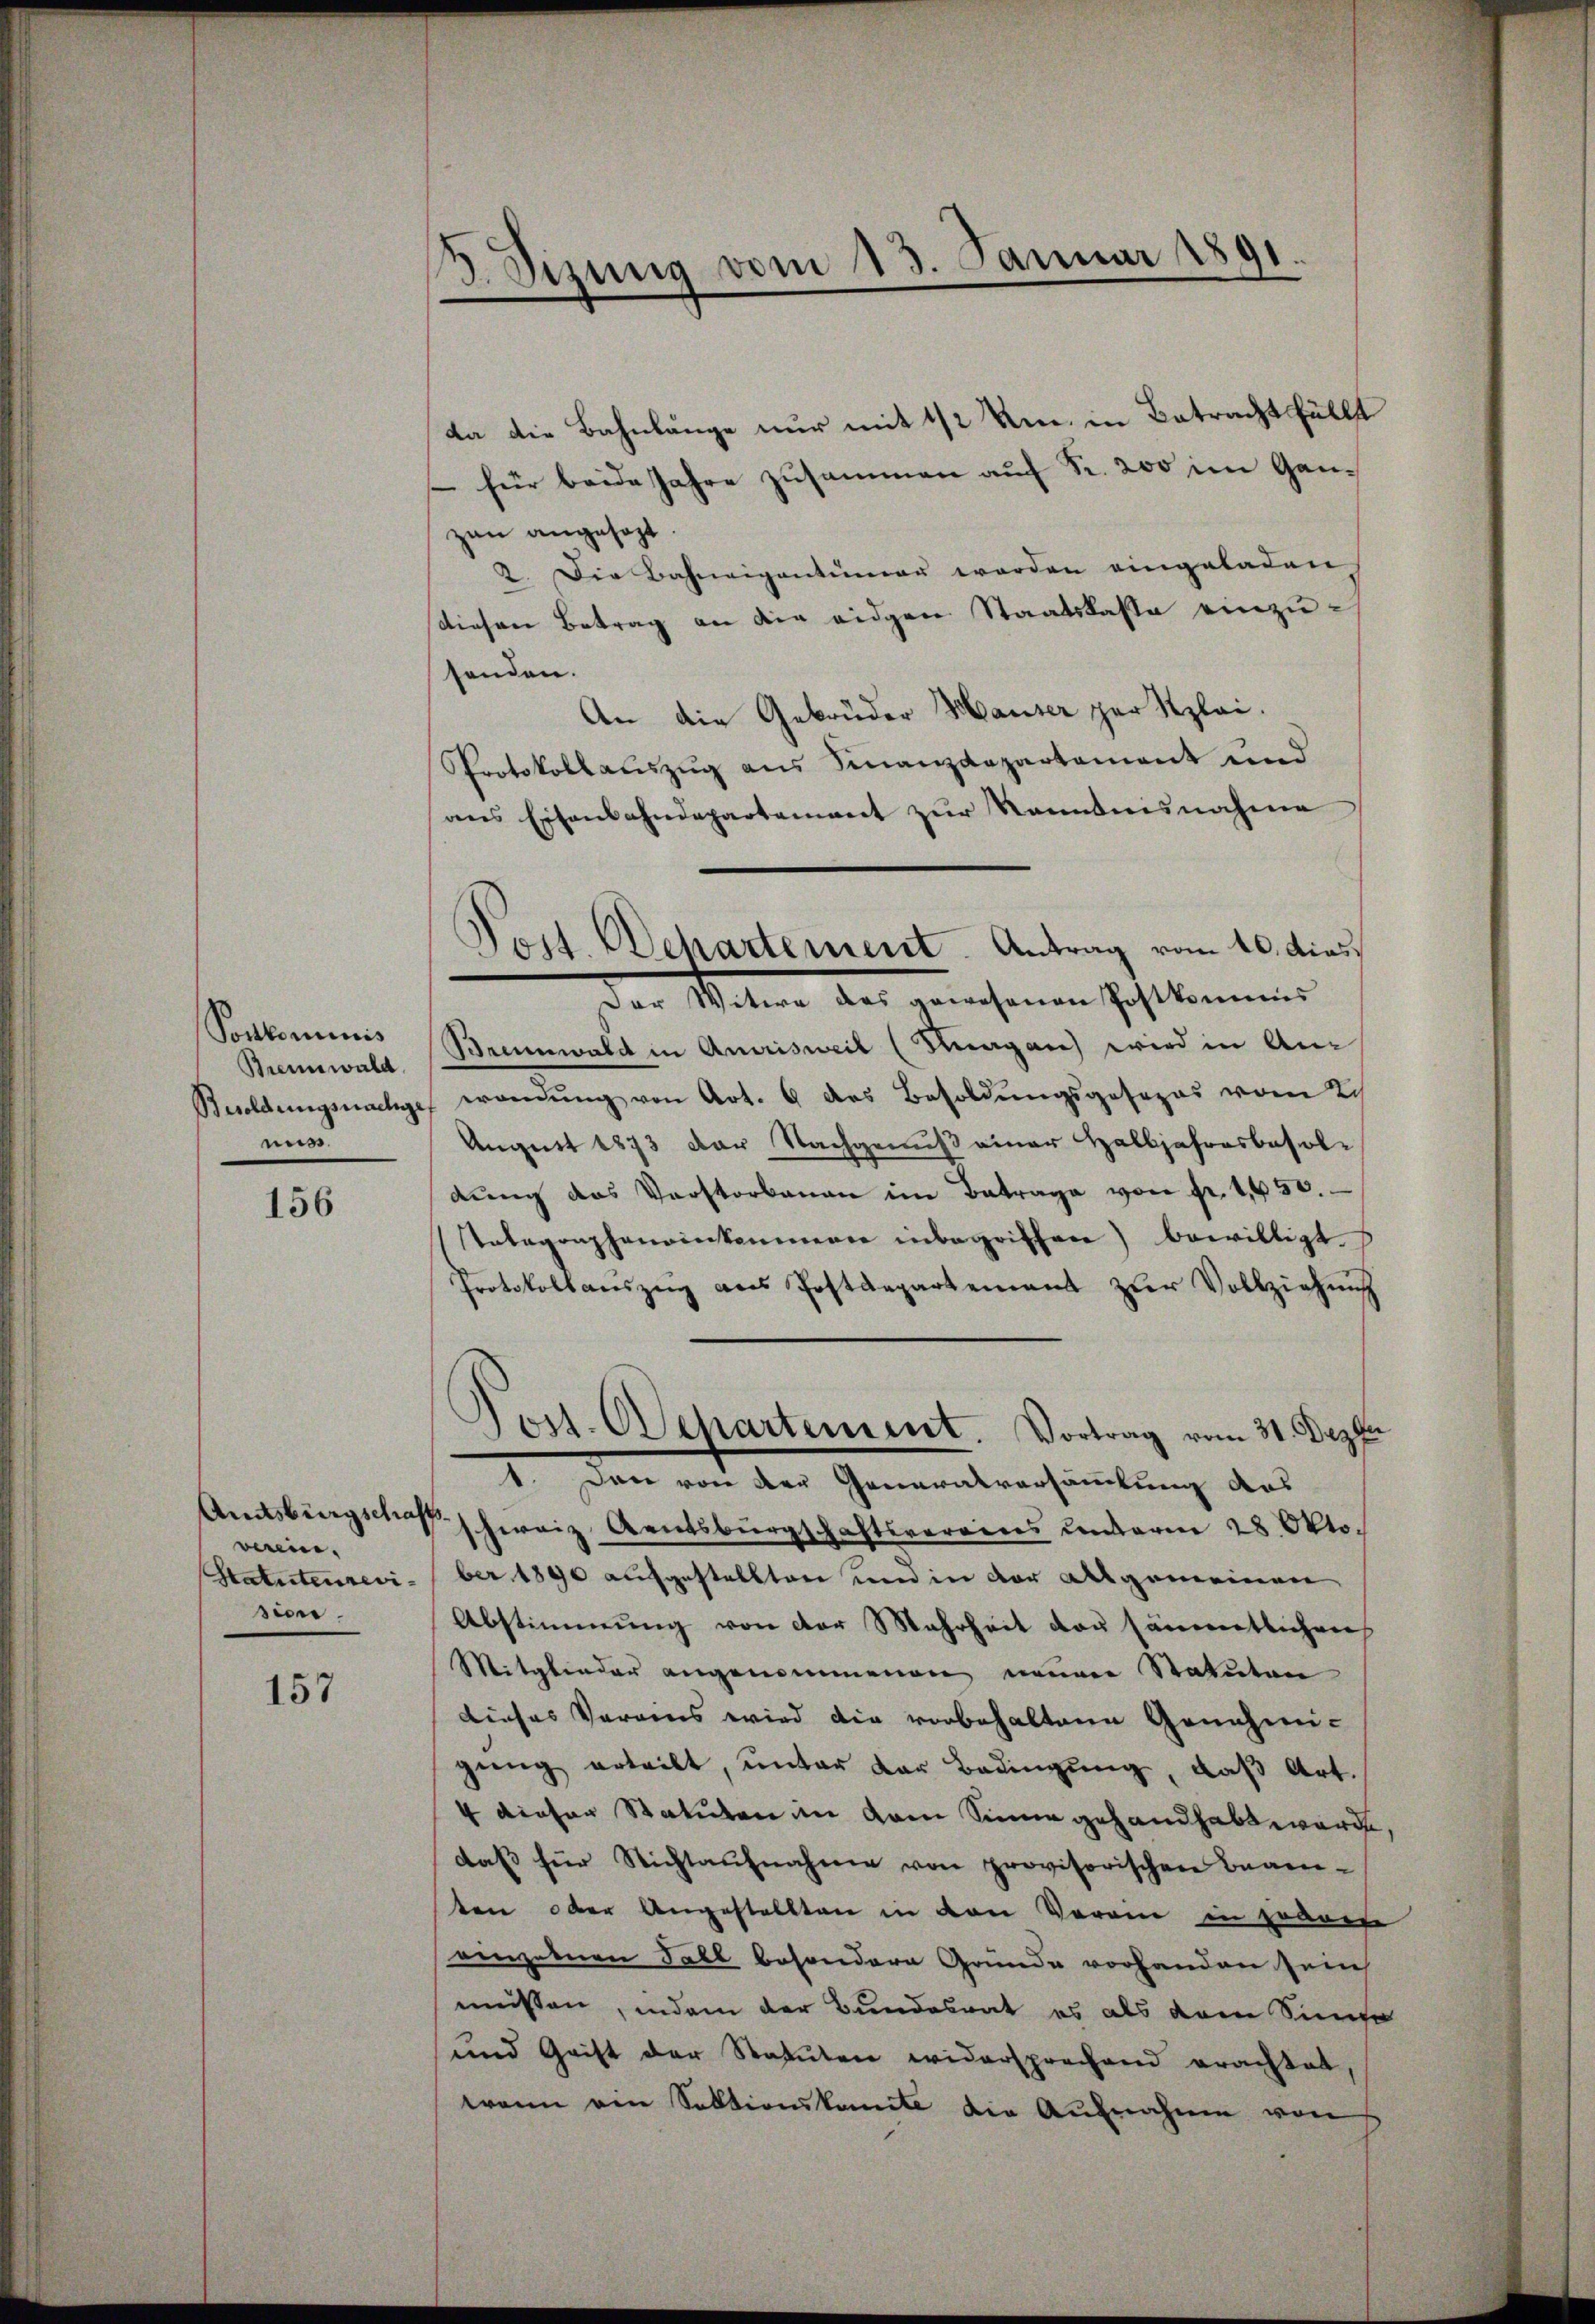
Sonlominis
Brennwald.
mis

156

verein.
.

157

.
3. Sizung vom 13. Januar 1891.

da die Bahnlänge nur mit 1/2 Um in Betracht fällt
 für beide Jahre zusammen auf Fr. 200 im Ganzan angesagt.
2. Die Bahneigentümer werden eingeladen
diesen Betrag an die eidgen Staatskasse einzusenden.
An die Gebrüder Hauser zur Klei¬
Protokollauszug aus Finanzdepartement und
ans Eisenbahndepartement zŭr Kenntnisnahme
Der Witwe des gewesenen Postkommes
Brennwald in Amrisweil (Hagan) wird in An¬
Besoldungsnachge, wandŭng von Art. 6 des Besoldŭngsgesezes von Sch
August 1873 der Nachgenuß einer Halbjahresbesoldŭng das Verstorbenau im Betrage von fr. 4450.
Antagrapheneinkommern inbegriffen) bewilligt.
Protokollaŭszŭg ans Postdepartement zŭr Vollziehung
Post. Separtement. Vortrag vom 31. Dezbr
1. Dann von der Generalversammlung des
Amtsbürgschaff schweiz entsbürgschaftsvereins unterm 28. Okto¬
Statutenrevi-ber 1890 aufgestellten und in der allgemeinen
Abstimmung von der Mehrheit der sämmtlichen
Mitglieder angenommenen neuen Statuten
dieses Vereins wird die vorbehaltene Genehmi-
gŭng erteilt, ŭnter der Bedingŭng, daβ Art.
4 dieser Statuten in dem Sinne gehandhabt werde,
daß für Nichtaufnahme von provisorischen Beam-
ten oder Angestellten in den Verein in waren
einzelnen Fall besondere Grunde vorhanden sein
müssen, indem der Bundesrat es als dem Sinne
und Grist der Statuten widersprechend erachtet,
wann ein Sektionskomite die Aufnahme von

Post. Dehartement. Antrag vom 10. dies